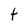
Character: t